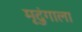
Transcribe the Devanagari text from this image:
मृदुंगाला